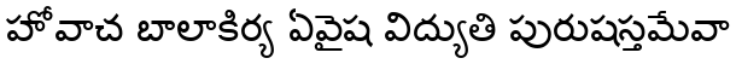
హోవాచ బాలాకిర్య ఏవైష విద్యుతి పురుషస్తమేవా